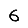
Digit: 6